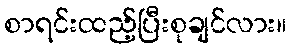
စာရင်းထည့်ပြီးစုချင်လား။